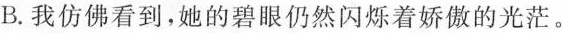
B.我仿佛看到，她的碧眼仍然闪烁着娇傲的光茫。